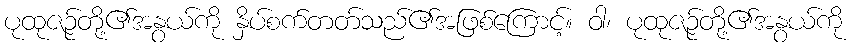
ပုထုဇဉ်တို့၏အနွယ်ကို နှိပ်စက်တတ်သည်၏အဖြစ်ကြောင့်။ ဝါ၊ ပုထုဇဉ်တို့၏အနွယ်ကို